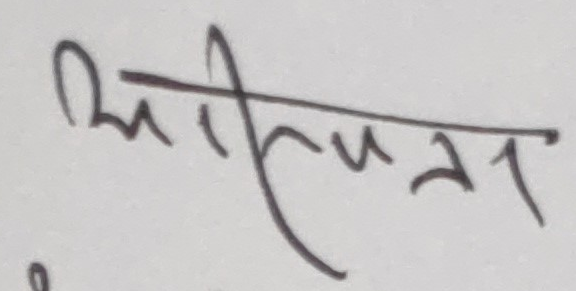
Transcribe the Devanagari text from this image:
श्रीपना